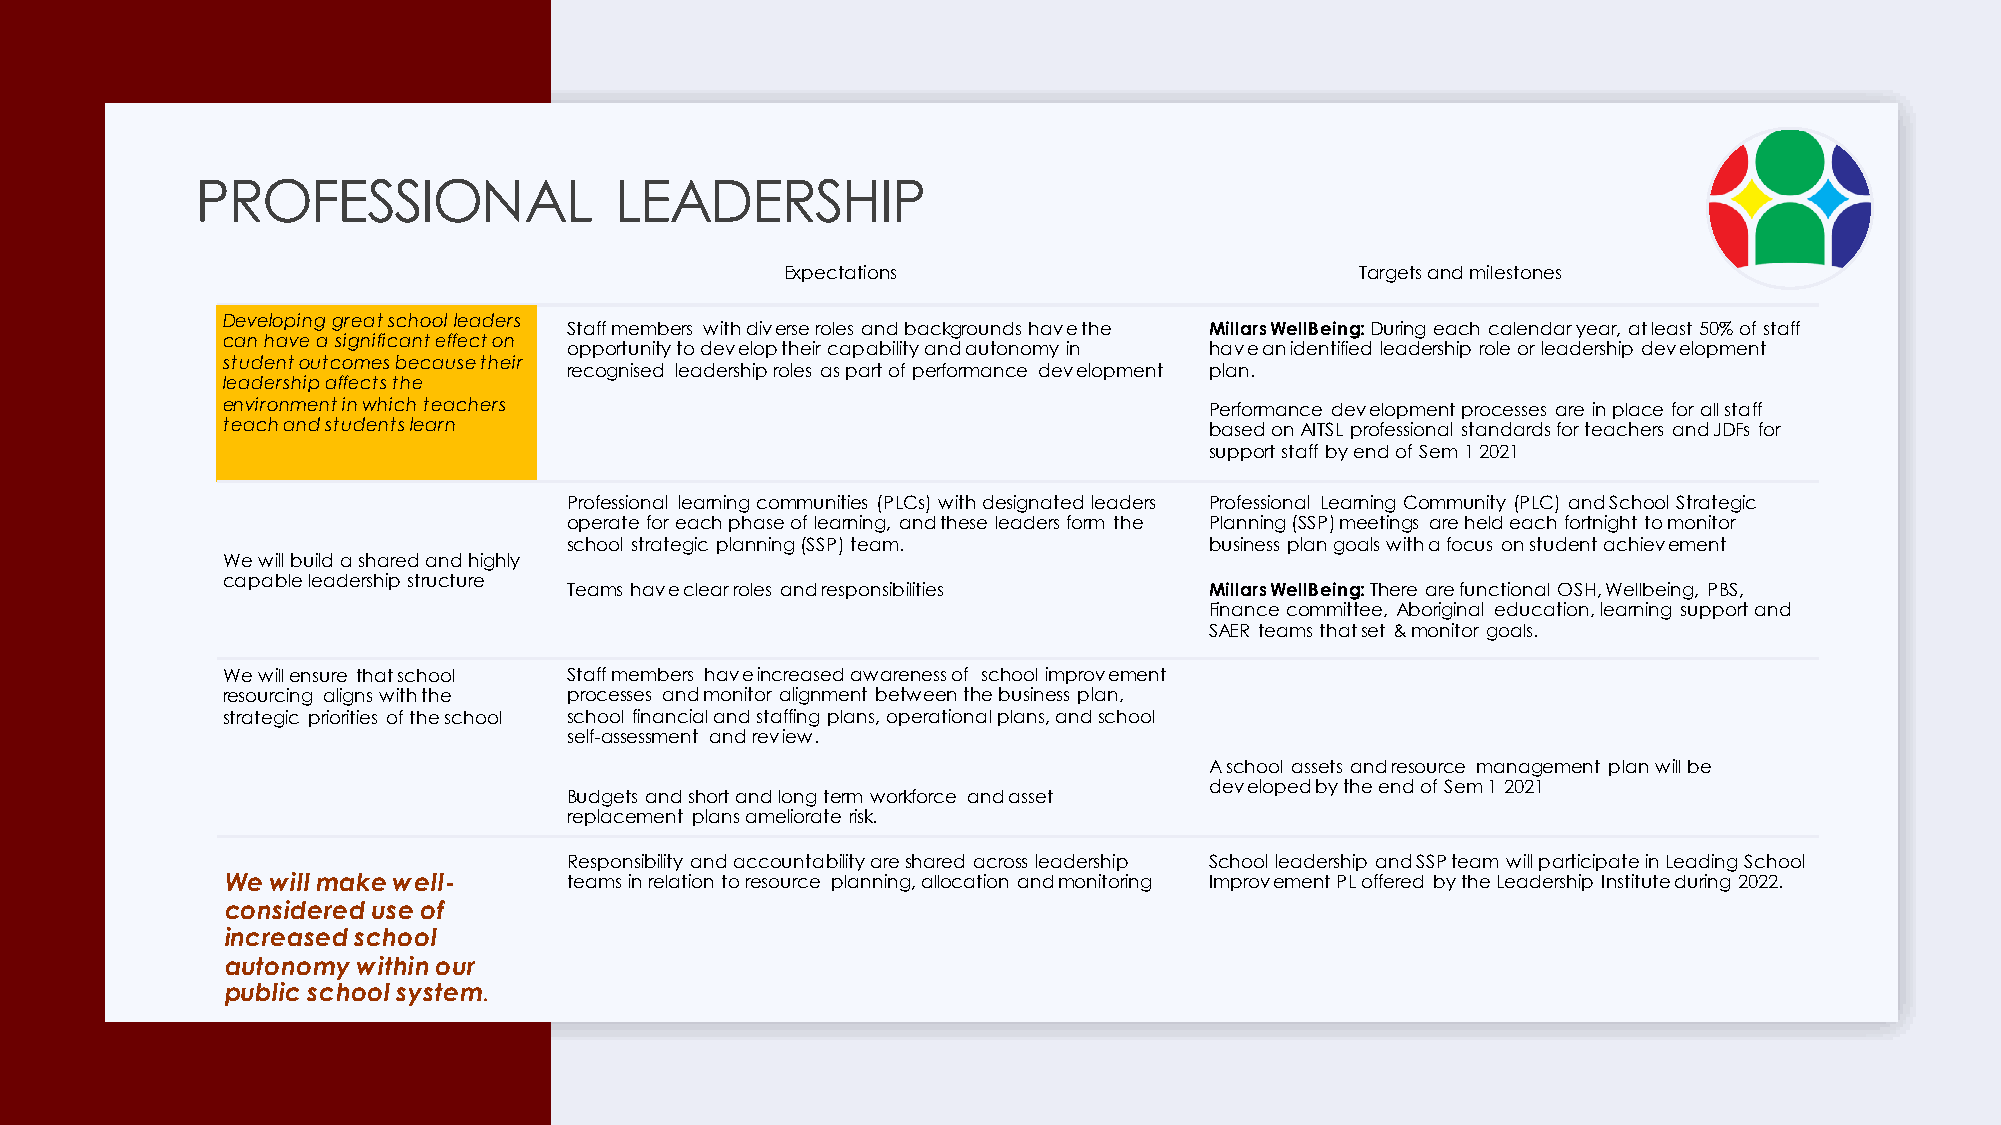
PROFESSIONAL                LEADERSHIP
 Expectations                          Targets and milestones
 Developing great school leaders
 Staff members with diverse roles and backgrounds have the Millars WellBeing: During each calendar year, at least 50% of staff
 can have a significant effect on
 opportunity to develop their capability and autonomy in have an identified leadership role or leadership development
 student outcomes because their
 recognised leadership roles as part of performance development plan.
 leadership affects the
 environment in which teachers                                    Performance development processes are in place for all staff
 teach and students learn                                         based on AITSL professional standards for teachers and JDFs for
 support staff by end of Sem1 2021
 Professional learning communities (PLCs) with designated leaders Professional Learning Community (PLC) and School Strategic
 operate for each phase of learning, and these leaders form the Planning (SSP) meetings are held each fortnight to monitor
 school strategic planning (SSP) team.     business plan goals with a focus on student achievement
 We will build a shared and highly
 capable leadership structure
 Teams have clear roles and responsibilities Millars WellBeing: There are functional OSH, Wellbeing, PBS,
 Finance committee, Aboriginal education, learning support and
 SAER teams that set & monitor goals.
 We will ensure that school Staff members have increased awareness of school improvement
 resourcing aligns with the processes and monitor alignment between the business plan,
 strategic priorities of the school school financial and staffing plans, operational plans, and school
 self-assessment and review.
 A school assets and resource management plan will be
 developed by the end of Sem1 2021
 Budgets and short and long term workforce and asset
 replacement plans ameliorate risk.
 Responsibility and accountability are shared across leadership School leadership and SSP team will participate in Leading School
 We will make well-     teams in relation to resource planning, allocation and monitoring Improvement PL offered by the Leadership Institute during 2022.
 considered use of
 increased school
 autonomy within our
 public school system.